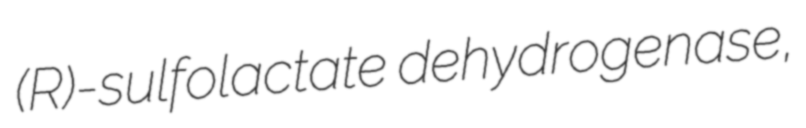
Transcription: (R)-sulfolactate dehydrogenase,